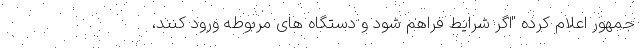
جمهور اعلام کرده "اگر شرایط فراهم شود و دستگاه های مربوطه ورود کنند،